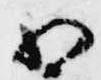
相